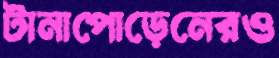
টানাপোড়েনেরও